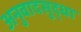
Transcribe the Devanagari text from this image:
अनुवादसुद्धा